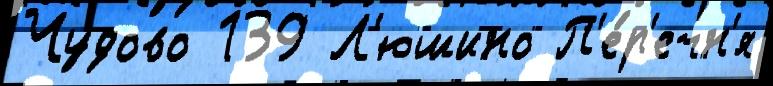
Чудово 139 Л'юшино П'е́р'ечн'я